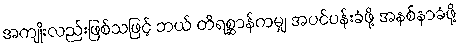
အကျိုးလည်းဖြစ်သဖြင့် ဘယ် တိရစ္ဆာန်ကမျှ အပင်ပန်းခံဖို့ အနစ်နာခံဖို့